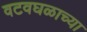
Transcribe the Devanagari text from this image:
वटवघळाच्या